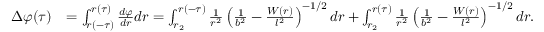
\begin{array} { r l } { \Delta \varphi ( \tau ) } & { = \int _ { r ( - \tau ) } ^ { r ( \tau ) } \frac { d \varphi } { d r } d r = \int _ { r _ { 2 } } ^ { r ( - \tau ) } \frac { 1 } { r ^ { 2 } } \left( \frac { 1 } { b ^ { 2 } } - \frac { W ( r ) } { l ^ { 2 } } \right) ^ { - 1 / 2 } d r + \int _ { r _ { 2 } } ^ { r ( \tau ) } \frac { 1 } { r ^ { 2 } } \left( \frac { 1 } { b ^ { 2 } } - \frac { W ( r ) } { l ^ { 2 } } \right) ^ { - 1 / 2 } d r . } \end{array}